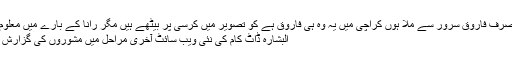
میں صرف فاروق سرور سے ملا ہوں کراچی میں یہ وہ ہی فاروق ہے کو تصویر میں کرسی پر بیٹھے ہیں مگر رانا کے بارے میں معلوم نہیں
البشارہ ڈاٹ کام کی نئی ویب سائٹ آخری مراحل میں مشوروں کی گزارش ہے !